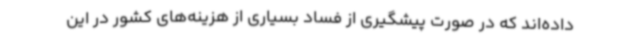
داده‌اند که در صورت پیشگیری از فساد بسیاری از هزینه‌های کشور در این